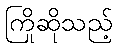
ကြိုဆိုသည့်